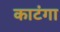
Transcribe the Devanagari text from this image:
काटंगा